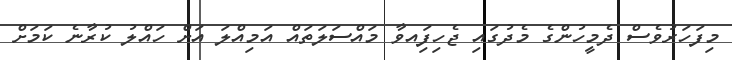
މިފަހަރުވެސް ދެމީހުންގެ މެދުގައި ޖެހިފަިއވާ މައްސަލަތައް އަމިއްލަ އަށް ހައްލު ކުރާނެ ކަމަށް